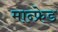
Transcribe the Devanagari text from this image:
मान्फ्रेड